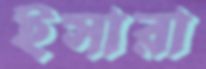
ইসারা